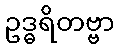
ဥဒ္ဓရိတဗ္ဗာ